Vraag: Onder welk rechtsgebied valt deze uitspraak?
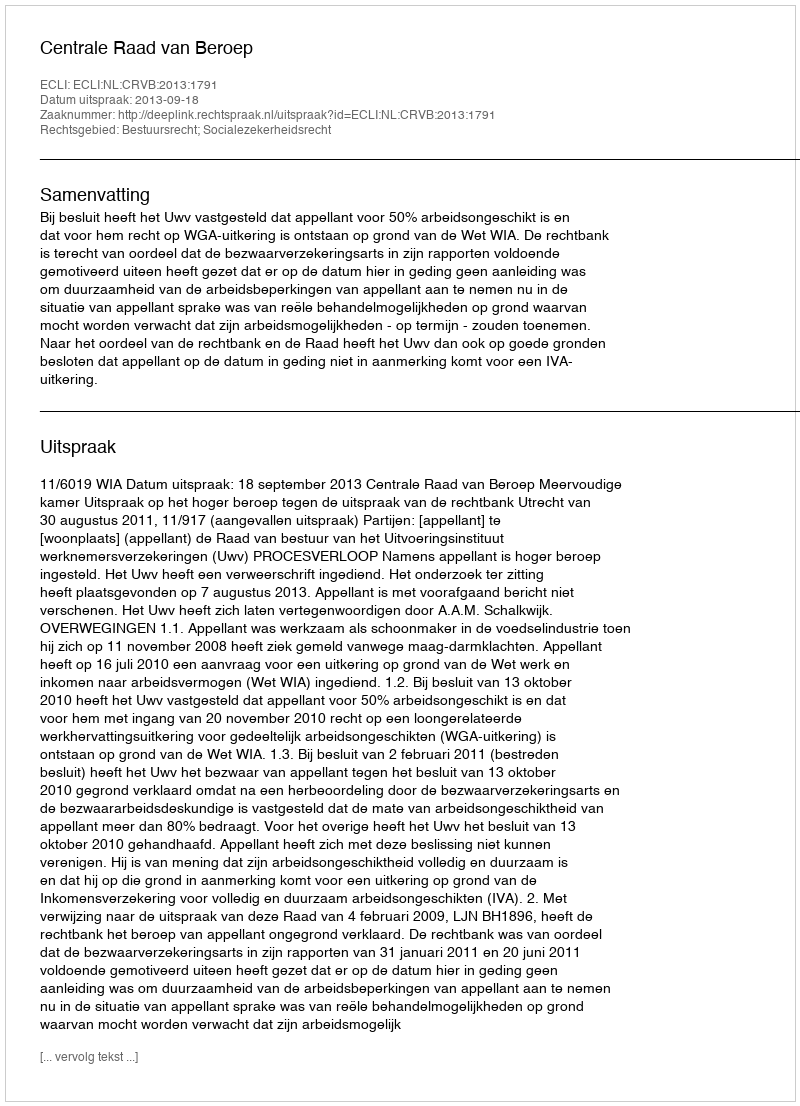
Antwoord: Bestuursrecht; Socialezekerheidsrecht